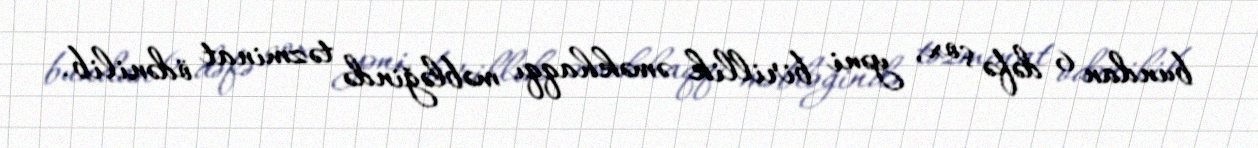
bundan 6 dəfə çox, yəni birillik əməkhaqqı məbləğində təzminat ödənilib.